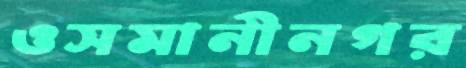
ওসমানীনগর